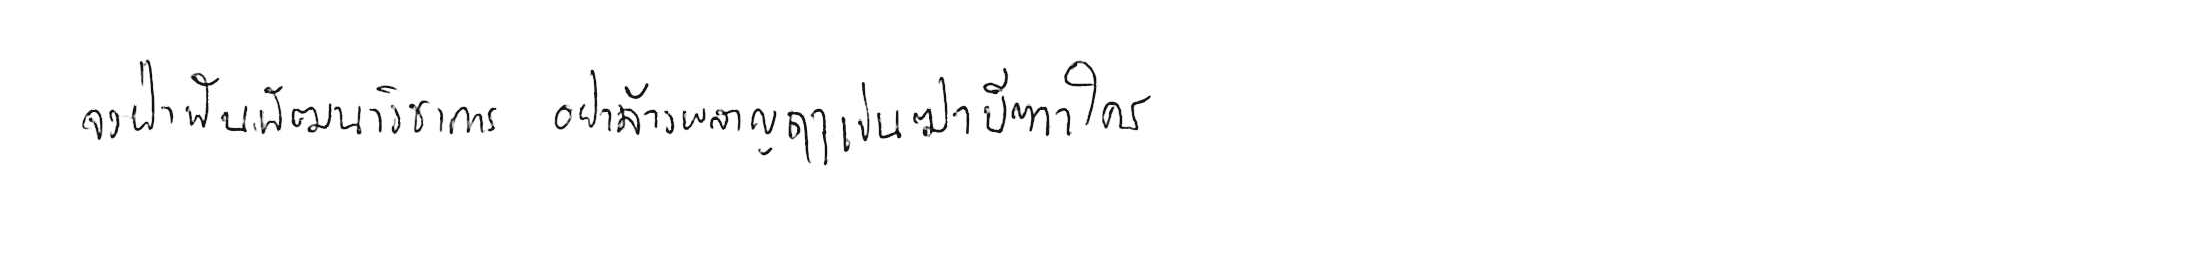
จงฝ่าฟันพัฒนาวิชาการ อย่าล้างผลาญฤๅเข่นฆ่าบีฑาใคร